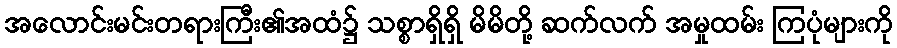
အလောင်းမင်းတရားကြီး၏အထံ၌ သစ္စာရှိရှိ မိမိတို့ ဆက်လက် အမှုထမ်း ကြပုံများကို